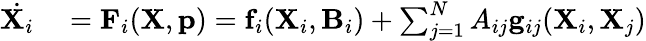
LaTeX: \begin{array}{rl}{\dot{\mathbf{X}_{i}}}&{{}=\mathbf{F}_{i}(\mathbf{X},\mathbf{p})=\mathbf{f}_{i}(\mathbf{X}_{i},\mathbf{B}_{i})+\sum_{j=1}^{N}A_{ij}\mathbf{g}_{ij}(\mathbf{X}_{i},\mathbf{X}_{j})}\end{array}